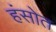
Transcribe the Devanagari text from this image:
हंसोत